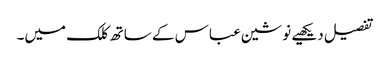
تفصیل دیکھیے نوشین عباس کے ساتھ کلک میں۔